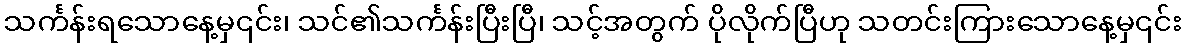
သင်္ကန်းရသောနေ့မှ၎င်း၊ သင်၏သင်္ကန်းပြီးပြီ၊ သင့်အတွက် ပိုလိုက်ပြီဟု သတင်းကြားသောနေ့မှ၎င်း